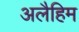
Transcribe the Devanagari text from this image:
अलैहिम